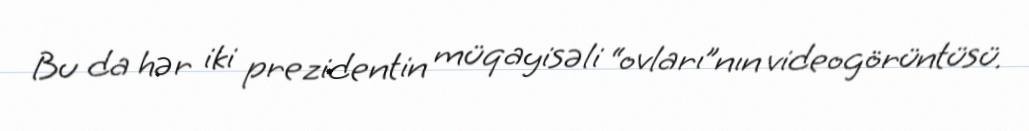
Bu da hər iki prezidentin müqayisəli “ovları”nın videogörüntüsü.